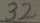
3 2